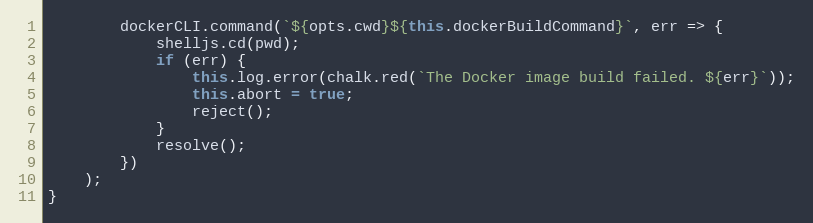
Language: JavaScript
        dockerCLI.command(`${opts.cwd}${this.dockerBuildCommand}`, err => {
            shelljs.cd(pwd);
            if (err) {
                this.log.error(chalk.red(`The Docker image build failed. ${err}`));
                this.abort = true;
                reject();
            }
            resolve();
        })
    );
}